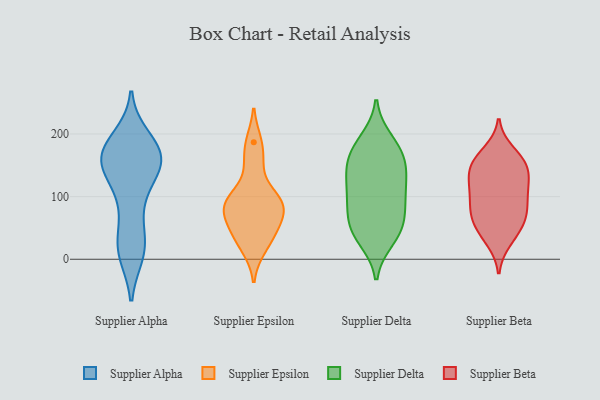
{"axis": {"x": "LTV (USD)", "y": "Value"}, "legend": ["Supplier Alpha", "Supplier Beta", "Supplier Delta", "Supplier Epsilon"], "data": [{"x": "", "y": 167, "type": "Supplier Alpha"}, {"x": "", "y": 168, "type": "Supplier Alpha"}, {"x": "", "y": 29, "type": "Supplier Alpha"}, {"x": "", "y": 187, "type": "Supplier Alpha"}, {"x": "", "y": 192, "type": "Supplier Alpha"}, {"x": "", "y": 154, "type": "Supplier Alpha"}, {"x": "", "y": 94, "type": "Supplier Alpha"}, {"x": "", "y": 165, "type": "Supplier Alpha"}, {"x": "", "y": 163, "type": "Supplier Alpha"}, {"x": "", "y": 168, "type": "Supplier Alpha"}, {"x": "", "y": 141, "type": "Supplier Alpha"}, {"x": "", "y": 165, "type": "Supplier Alpha"}, {"x": "", "y": 120, "type": "Supplier Alpha"}, {"x": "", "y": 77, "type": "Supplier Alpha"}, {"x": "", "y": 160, "type": "Supplier Alpha"}, {"x": "", "y": 138, "type": "Supplier Alpha"}, {"x": "", "y": 10, "type": "Supplier Alpha"}, {"x": "", "y": 16, "type": "Supplier Alpha"}, {"x": "", "y": 11, "type": "Supplier Alpha"}, {"x": "", "y": 25, "type": "Supplier Alpha"}, {"x": "", "y": 17, "type": "Supplier Epsilon"}, {"x": "", "y": 153, "type": "Supplier Epsilon"}, {"x": "", "y": 70, "type": "Supplier Epsilon"}, {"x": "", "y": 96, "type": "Supplier Epsilon"}, {"x": "", "y": 41, "type": "Supplier Epsilon"}, {"x": "", "y": 187, "type": "Supplier Epsilon"}, {"x": "", "y": 85, "type": "Supplier Epsilon"}, {"x": "", "y": 100, "type": "Supplier Epsilon"}, {"x": "", "y": 81, "type": "Supplier Epsilon"}, {"x": "", "y": 46, "type": "Supplier Epsilon"}, {"x": "", "y": 172, "type": "Supplier Delta"}, {"x": "", "y": 51, "type": "Supplier Delta"}, {"x": "", "y": 94, "type": "Supplier Delta"}, {"x": "", "y": 32, "type": "Supplier Delta"}, {"x": "", "y": 190, "type": "Supplier Delta"}, {"x": "", "y": 141, "type": "Supplier Delta"}, {"x": "", "y": 136, "type": "Supplier Delta"}, {"x": "", "y": 96, "type": "Supplier Delta"}, {"x": "", "y": 66, "type": "Supplier Delta"}, {"x": "", "y": 116, "type": "Supplier Delta"}, {"x": "", "y": 141, "type": "Supplier Delta"}, {"x": "", "y": 178, "type": "Supplier Delta"}, {"x": "", "y": 45, "type": "Supplier Delta"}, {"x": "", "y": 43, "type": "Supplier Delta"}, {"x": "", "y": 91, "type": "Supplier Delta"}, {"x": "", "y": 164, "type": "Supplier Delta"}, {"x": "", "y": 127, "type": "Supplier Beta"}, {"x": "", "y": 108, "type": "Supplier Beta"}, {"x": "", "y": 152, "type": "Supplier Beta"}, {"x": "", "y": 30, "type": "Supplier Beta"}, {"x": "", "y": 48, "type": "Supplier Beta"}, {"x": "", "y": 73, "type": "Supplier Beta"}, {"x": "", "y": 40, "type": "Supplier Beta"}, {"x": "", "y": 110, "type": "Supplier Beta"}, {"x": "", "y": 157, "type": "Supplier Beta"}, {"x": "", "y": 116, "type": "Supplier Beta"}, {"x": "", "y": 68, "type": "Supplier Beta"}, {"x": "", "y": 67, "type": "Supplier Beta"}, {"x": "", "y": 153, "type": "Supplier Beta"}, {"x": "", "y": 171, "type": "Supplier Beta"}, {"x": "", "y": 133, "type": "Supplier Beta"}, {"x": "", "y": 78, "type": "Supplier Beta"}, {"x": "", "y": 153, "type": "Supplier Beta"}, {"x": "", "y": 90, "type": "Supplier Beta"}]}